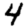
Digit: 4